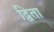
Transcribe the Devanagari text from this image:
द्विता